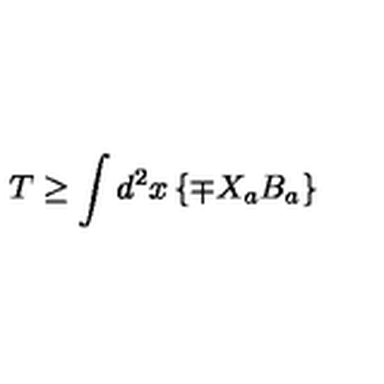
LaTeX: T \geq \int d ^ { 2 } x \left\{ \mp X _ { a } B _ { a } \right\}